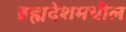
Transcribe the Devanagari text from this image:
ब्रह्मदेशमधील